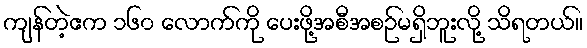
ကျန်တဲ့ဧက ၁၆၀ လောက်ကို ပေးဖို့အစီအစဉ်မရှိဘူးလို့ သိရတယ်။